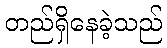
တည်ရှိနေခဲ့သည်